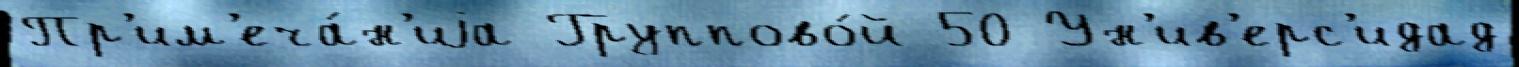
Пр'им'еча́н'иjа Группово́й 50 Ун'ив'ерс'идад